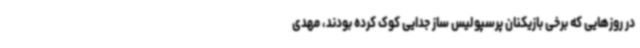
در روزهایی که برخی بازیکنان پرسپولیس ساز جدایی کوک کرده بودند، مهدی